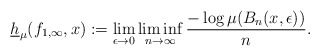
\begin{align*}\underline{h}_{\mu}(f_{1,\infty},x):=\lim_{\epsilon\to 0}\liminf_{n\to\infty}\dfrac{-\log\mu(B_{n}(x,\epsilon))}{n}.\end{align*}